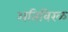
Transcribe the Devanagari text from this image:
अतिविरळ